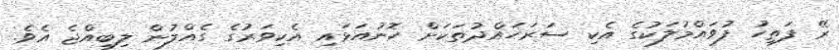
ރޭ ފަތިހު ފުވައްމުލަކުގެ އެކި ސަރަހައްދުތަކަށް ހޮނުއަޅައި އެކިވަރުގެ ގެއްލުން ލިބިއްޖެ އެވެ.